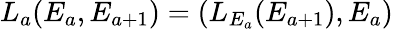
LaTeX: L_{a}(E_{a},E_{a+1})=(L_{E_{a}}(E_{a+1}),E_{a})